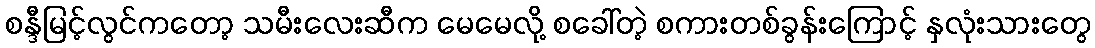
စန္ဒီမြင့်လွင်ကတော့ သမီးလေးဆီက မေမေလို့ စခေါ်တဲ့ စကားတစ်ခွန်းကြောင့် နှလုံးသားတွေ